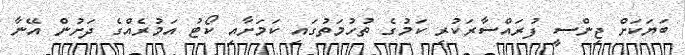
ބަޔަކަށް ޖިންސީ ފުރައްސާރަކުރި ކަމުގެ ތުހުމަތުގައި ކަމަށާއި ކޯޓު އަމުރެއްގެ ދަށުން އޭނާ